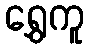
ရွှေကူ